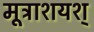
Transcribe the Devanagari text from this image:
मूत्राशयश्